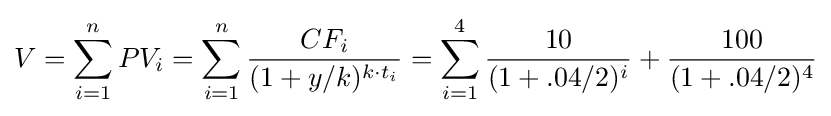
V=\sum _{i=1}^{n}PV_{i}=\sum _{i=1}^{n}{\frac {CF_{i}}{(1+y/k)^{k\cdot t_{i}}}}=\sum _{i=1}^{4}{\frac {10}{(1+.04/2)^{i}}}+{\frac {100}{(1+.04/2)^{4}}}